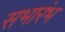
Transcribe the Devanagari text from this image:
सभारंभ